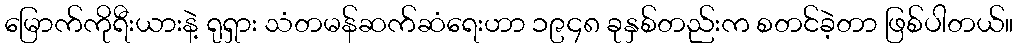
မြောက်ကိုရီးယားနဲ့ ရုရှား သံတမန်ဆက်ဆံရေးဟာ ၁၉၄၈ ခုနှစ်တည်းက စတင်ခဲ့တာ ဖြစ်ပါတယ်။